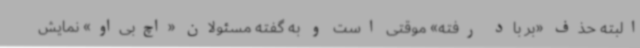
البته حذف «بر باد رفته» موقتی است و به گفته مسئولان «اچ‌بی‌او» نمایش